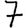
Digit: 7